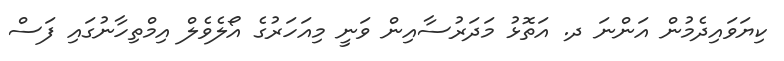
ކިޔަވައިދެމުން އަންނަ ދ. އަތޮޅު މަދަރުސާއިން ވަނީ މިއަހަރުގެ އޯލެވެލް އިމްތިހާނުގައި ފަސް